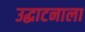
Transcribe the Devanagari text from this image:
उद्घाटनाला